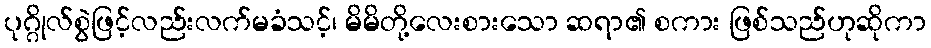
ပုဂ္ဂိုလ်စွဲဖြင့်လည်းလက်မခံသင့်၊ မိမိတို့လေးစားသော ဆရာ၏ စကား ဖြစ်သည်ဟုဆိုကာ